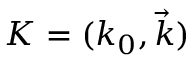
K = ( k _ { 0 } , { \vec { k } } )